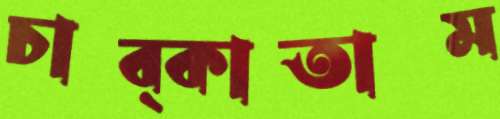
চাব্‌কাতাম